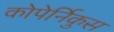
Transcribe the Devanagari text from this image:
कोपेर्निकुस